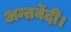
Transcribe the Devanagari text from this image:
अन्तर्वेदी।